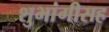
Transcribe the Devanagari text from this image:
शुभांगीसह